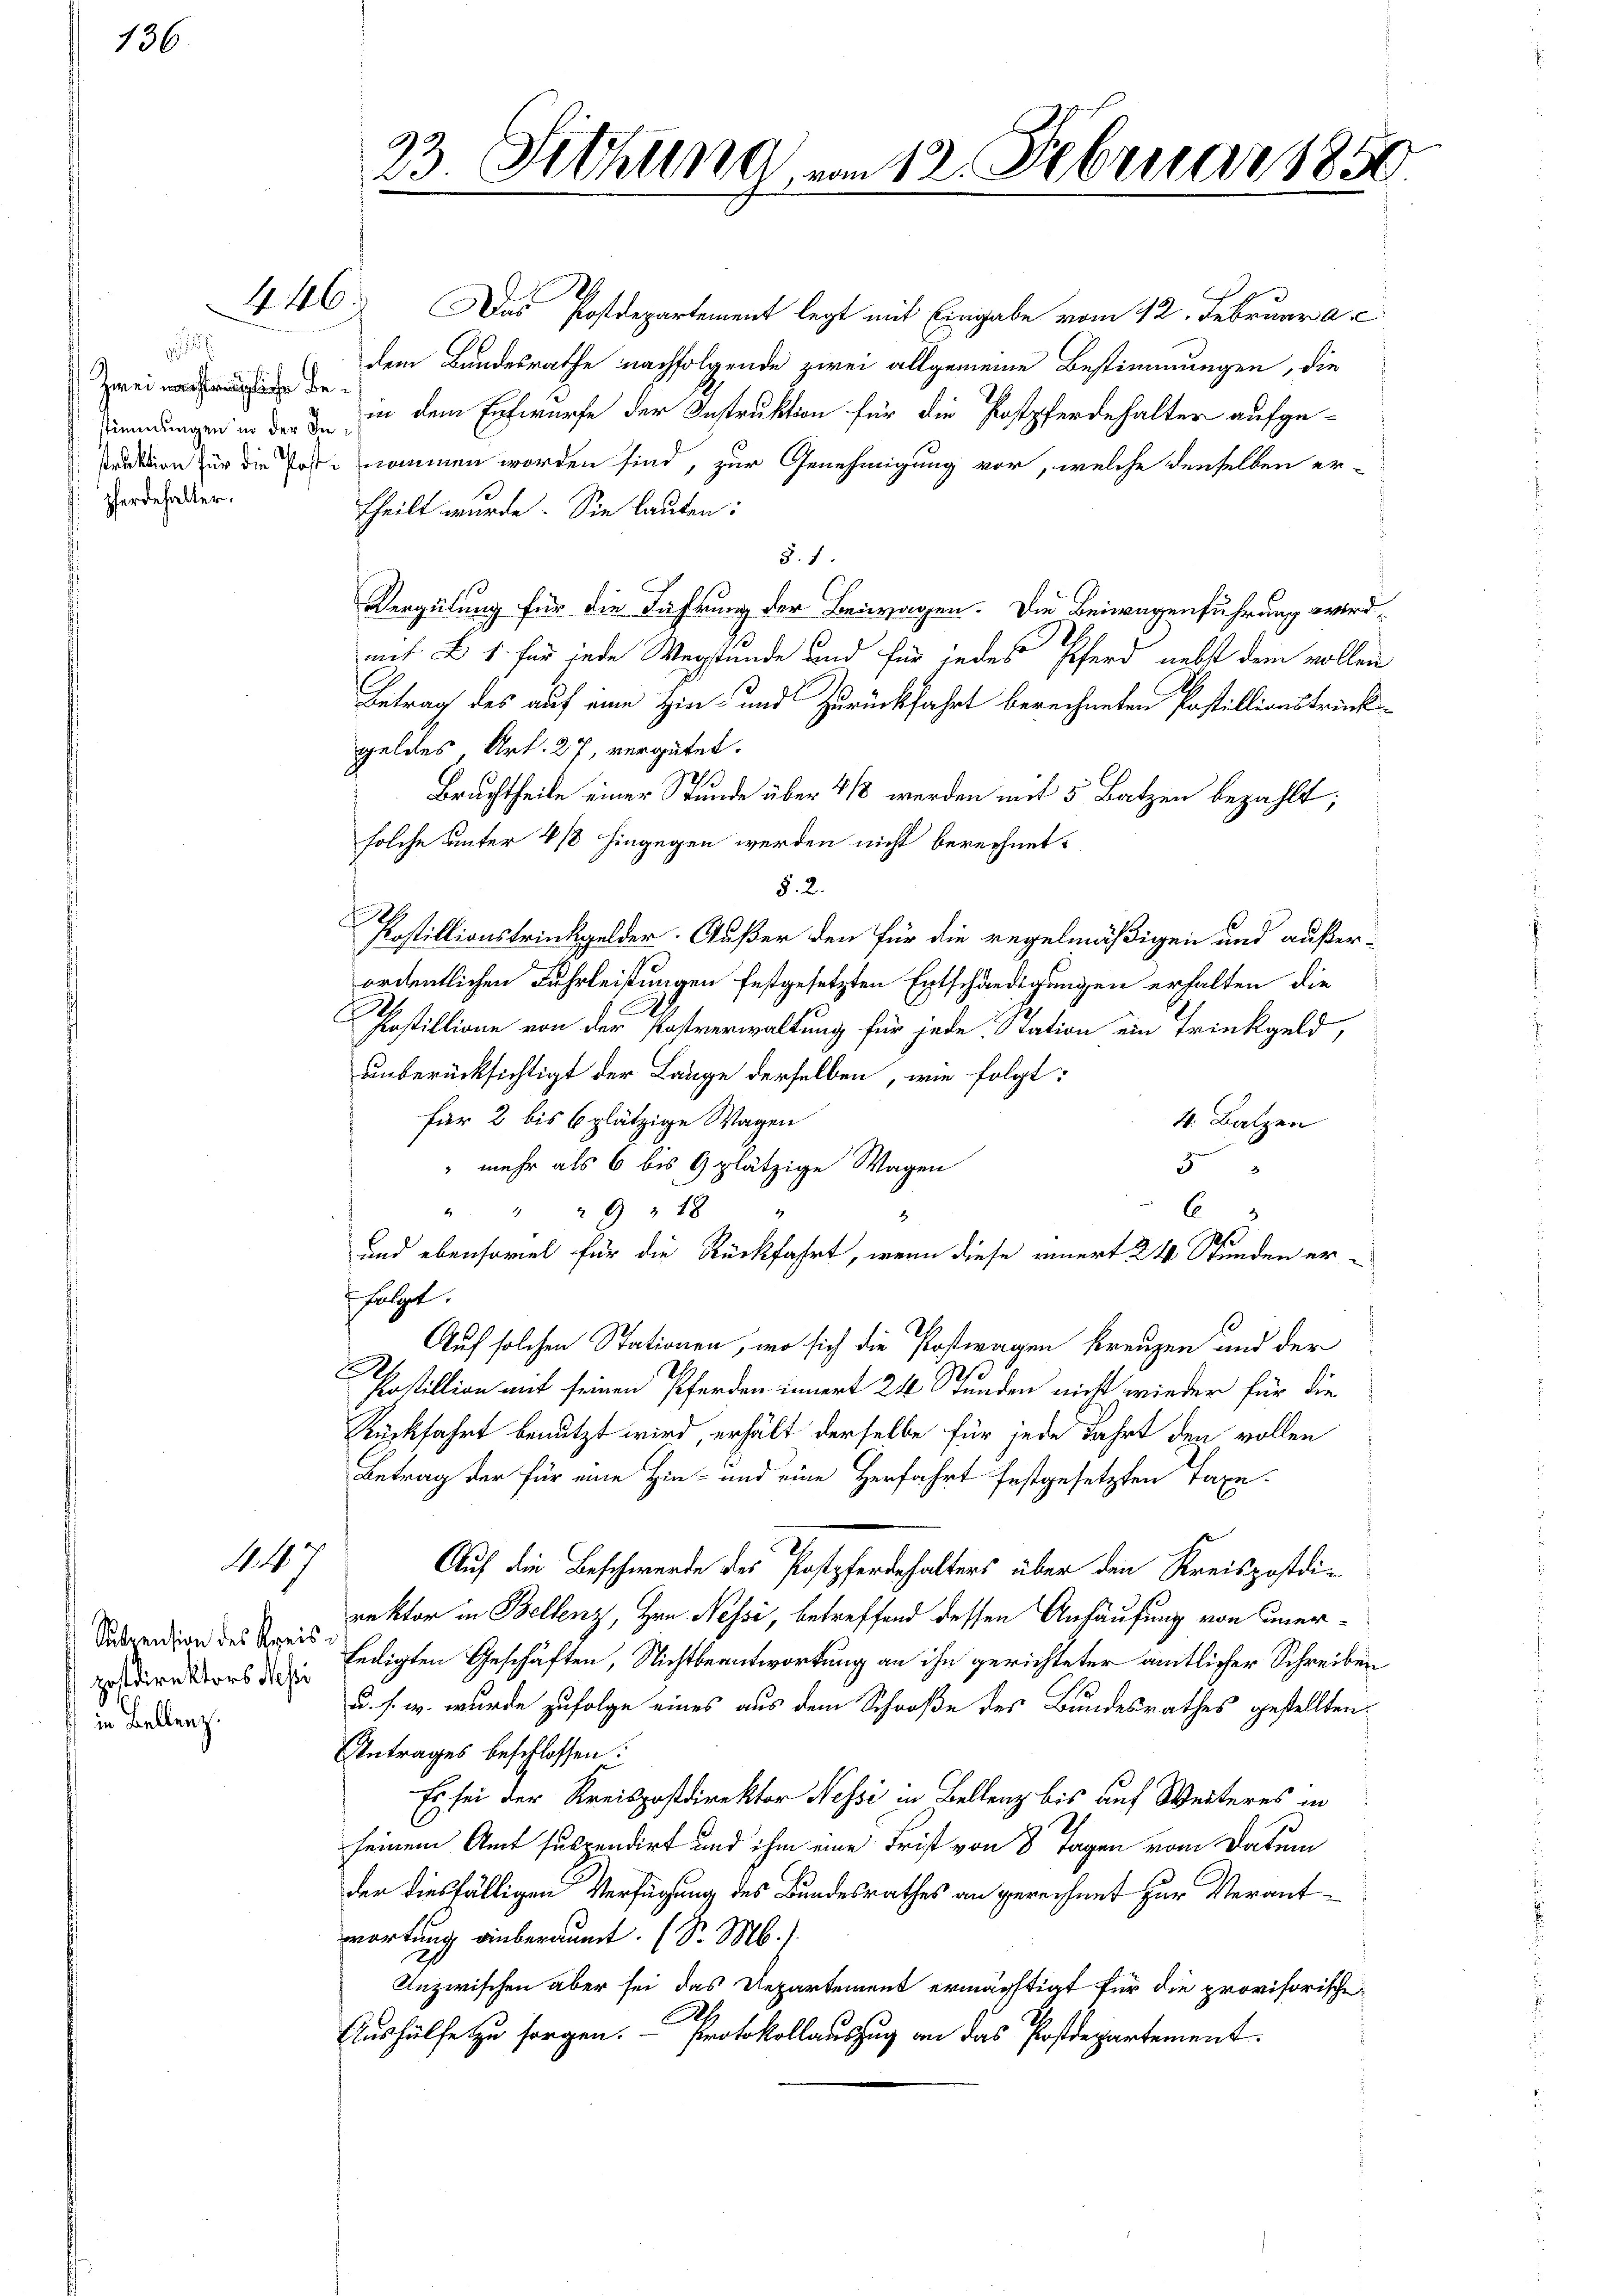
136.

g
Zwei nachträgliche Be¬
Pferdehalter.

4

Suspension des Kreis
postdirektors dessi
in Bellenz.

23 Sichung, vom 12. Februar 1850.

44. Das Postdepartement legt mit Eingabe vom 12. Februar a. c.
dem Bundesrathe nachfolgende zwei allgemeine Bestimmungen, die
timmungen in in dem Entwurfe der Instruktion für die Postpferdehalter aufge¬
Quation für die Post nommen worden sind, zur Genehmigung vor, welche denselben er-
theilt wurde. Sie lauten:
§. 1.
Vergütung für die Fahrung der Beiwagen. Die Beiwagenführung wirdmit es für jede Wegstunde und für jedes Pferd nebst dem vollen
Betrag des auf eine Hin- und Zurückfahrt berechneten Postillionstrückgeldes Art. 27, vergütet.
Bruchtheile einer Stunde über 2/3 werden mit 5 Batzen bezahlt;
solche unter 4/8 hingegen werden nicht berechnet.
§. 2.
Postillionstrinkgelder. Außer den für die regelmäßigen und außerordentlichen Fuhrleistungen festgesetzten Entschändigungen erhalten die
Postillione von der Postverwaltung für jede Station ein Trinkgeld,
unberücksichtigt der Lange derselben, wie folgt:
für 2 bis 6 plätzige Wagen
4. Batzen
 mehr als 6 bis 9 plätzige Wagen
5
" " " 9 18
E
s
und ebensoviel für die Rückfahrt, wenn diese innert 24 Stunden erfolgt.
Auf solchen Stationen, wo sich die Posttragen kreuzen und der
B
Postillion mit seinen Pferden innert 24 Stunden nicht wieder für die
Rückfahrt benutzt wird, erhält derselbe für jede Fahrt den vollen
Betrag der für eine Hin- und eine Herfahrt festgesetzten Taxe¬
Auf die Beschwerde des Postpferdehalters über den Kreispostdirektor in Bellenz, Hrn. Nessi, betreffend dessen Anhäufung von unerledigten Geschäften, Nichtbeantwortung an ihn gerichteter amtlicher Schreiben
u. s. w. wurde zufolge eines aus dem Schroße des Bundesrathes gestellten
Antrages beschlossen:
Es sei der Kreispostdirektor Nessi in Bellenz bis auf Weiteres in
seinem Amt suspendirt und ihm eine Frist von 8 Tagen vom Datum
der diesfälligen Verfügung des Bundesrathes an gerechnet zur Verantwortung einberaumt. (S. M.
Inzwischen aber sei das Departement ermächtigt für die provisorische¬
A
Aushülfe zu sorgen. - Protokollauszug an das Postdepartement.